Leaving Certificate Examination (including Day School Certificate (Higher) General paper), 1934
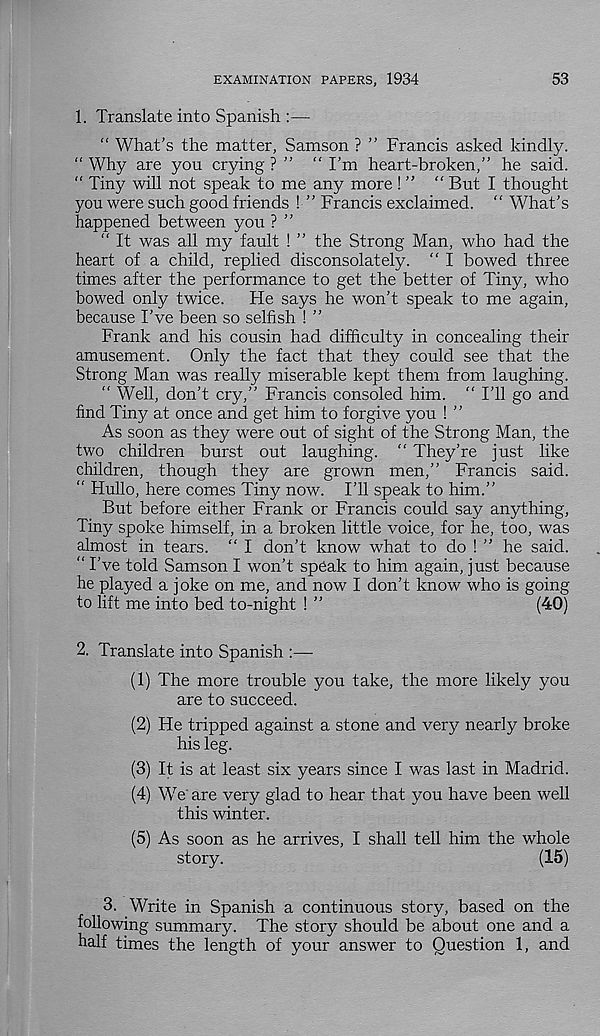
EXAMINATION PAPERS, 1934
53
1. Translate into Spanish :—
“ What's the matter, Samson ? ” Francis asked kindly.
“ Why are you crying ? ” “ I’m heart-broken,” he said.
“ Tiny will not speak to me any more ! ” “ But I thought
you were such good friends ! ” Francis exclaimed. “ What’s
happened between you ? ”
“ It was all my fault ! ” the Strong Man, who had the
heart of a child, replied disconsolately. “ I bowed three
times after the performance to get the better of Tiny, who
bowed only twice.
He says he won’t speak to me again,
because I’ve been so selfish ! ”
Frank and his cousin had difficulty in concealing their
amusement. Only the fact that they could see that the
Strong Man was really miserable kept them from laughing.
“ Well, don’t cry,” Francis consoled him. " I’ll go and
find Tiny at once and get him to forgive you ! ”
As soon as they were out of sight of the Strong Man, the
two children burst out laughing. “ They’re just like
children, though they are grown men,” Francis said.
" Hullo, here comes Tiny now. I’ll speak to him.”
But before either Frank or Francis could say anything,
Tiny spoke himself, in a broken little voice, for he, too, was
almost in tears. “ I don’t know what to do ! ” he said.
“ I’ve told Samson I won’t spCak to him again, just because
he played a joke on me, and now I don’t know who is going
to lift me into bed to-night ! ”
(40)
2. Translate into Spanish :—
(1) The more trouble you take, the more likely you
are to succeed.
(2) He tripped against a stone and very nearly broke
his leg.
(3) It is at least six years since I was last in Madrid.
(4) We' are very glad to hear that you have been well
this winter.
(5) As soon as he arrives, I shall tell him the whole
story.
(15)
3. Write in Spanish a continuous story, based on the
following summary. The story should be about one and a
half times the length of your answer to Question 1, and